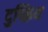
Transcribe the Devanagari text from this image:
दुष्क्रिय